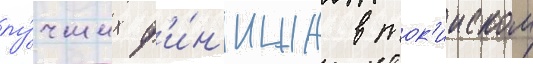
лу́чших ф'и́н'иша в ток'ииском